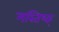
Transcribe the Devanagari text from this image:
मस्तिष्क्